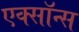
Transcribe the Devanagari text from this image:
एक्सॉन्स